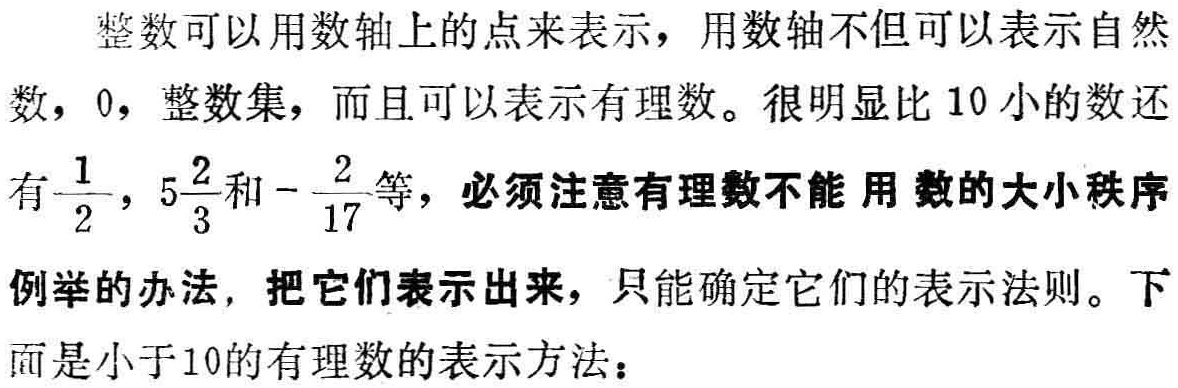
整数可以用数轴上的点来表示，用数轴不但可以表示自然数，0，整数集，而且可以表示有理数。很明显比10小的数还有$\frac{1}{2}$，$5\frac{2}{3}$和$-\frac{2}{17}$等，必须注意有理数不能 用 数的大小秩序例举的办法，把它们表示出来，只能确定它们的表示法则。下面是小于10的有理数的表示方法：